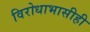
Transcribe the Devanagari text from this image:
विरोधाभासीही